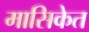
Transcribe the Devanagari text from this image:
मासिकेत